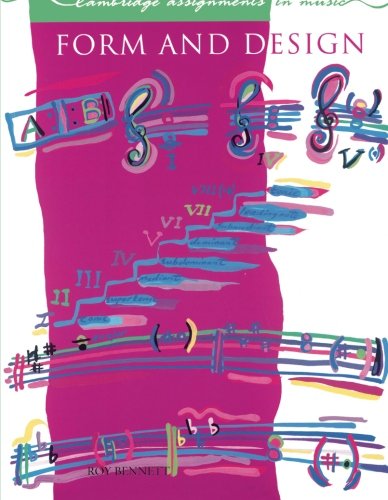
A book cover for Form and Design (Cambridge Assignments in Music); Roy Bennett; Teen & Young Adult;